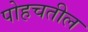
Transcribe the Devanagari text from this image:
पोहचतील